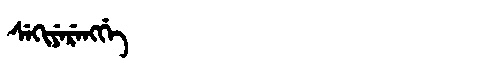
Manchu: ᠰᡝᡴᡳᠶᡝᡵᡝᠩᡤᡝ
Romanization: SEKIYERENGGE